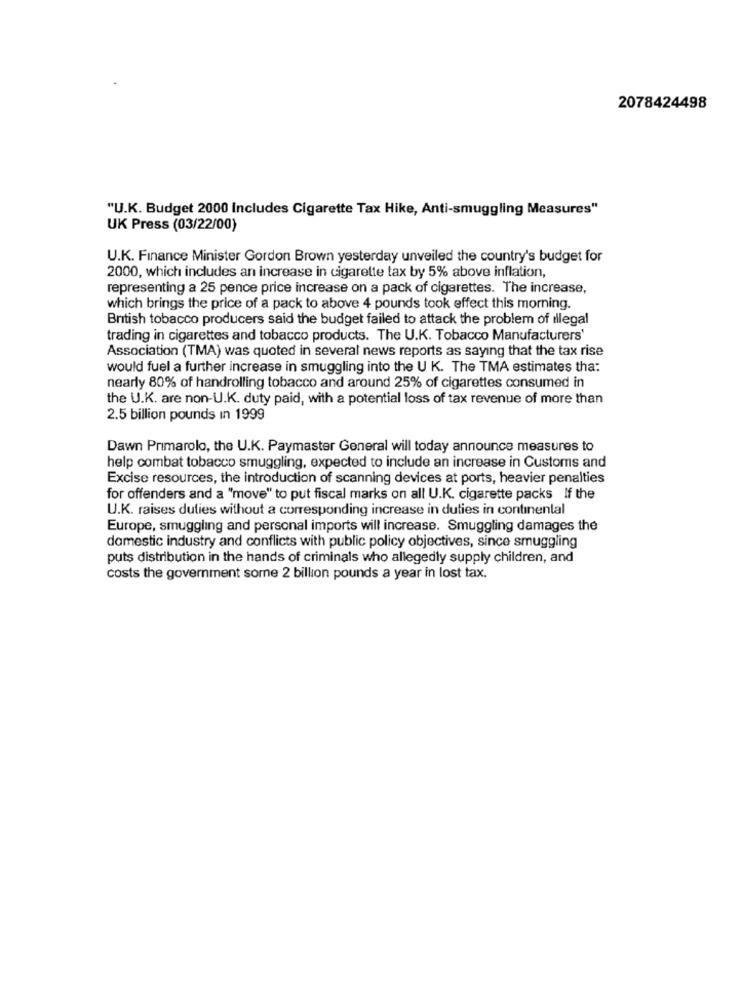
2078424498
"U.K. Budget 2000 Includes Cigarette Tax Hike, Anti-smuggling Measures"
UK Press (03/22/00)
U.K. Finance Minister Gordon Brown yesterday unveiled the country's budget for
2000, which includes an increase in cigarette tax by 5% above inflation,
representing a 25 pence price increase on a pack of cigarettes. The increase,
which brings the price of a pack to above 4 pounds took effect this morning.
British tobacco producers said the budget failed to attack the problem of illegal
trading in cigarettes and tobacco products. The U.K. Tobacco Manufacturers'
Association (TMA) was quoted in several news reports as saying that the tax rise
would fuel a further increase in smuggling into the U K. The TMA estimates tha:
nearly 80% of handrolling tobacco and around 25% of cigarettes consumed in
the U.K. are non-U.K. duty paid, with a potential loss of tax revenue of more than
2.5 billion pounds in 1999
Dawn Primarolo, the U.K. Paymaster General will today announce measures to
help combat tobacco smuggling, expected to include an increase in Customs and
Excise resources, the introduction of scanning devices at ports, heavier penalties
for offenders and a "move" to put fiscal marks on all U.K. cigarette packs If the
U.K. raises duties without a corresponding increase in duties in continental
Europe, smuggling and personal imports will increase. Smuggling damages the
domestic industry and conflicts with public policy objectives, since smuggling
puts distribution in the hands of criminals who allegedly supply children, and
costs the government some 2 billion pounds a year in lost tax.